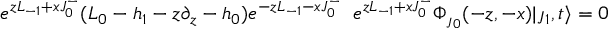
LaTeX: e ^ { z L _ { - 1 } + x J _ { 0 } ^ { - } } ( L _ { 0 } - h _ { 1 } - z \partial _ { z } - h _ { 0 } ) e ^ { - z L _ { - 1 } - x J _ { 0 } ^ { - } } \; \; e ^ { z L _ { - 1 } + x J _ { 0 } ^ { - } } \Phi _ { \jmath _ { 0 } } ( - z , - x ) | \jmath _ { 1 } , t \rangle = 0